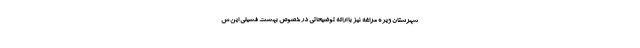
شهرستان ویژه مراغه نیز با ارائه توضیحاتی در خصوص بهشت فسیلی این ش